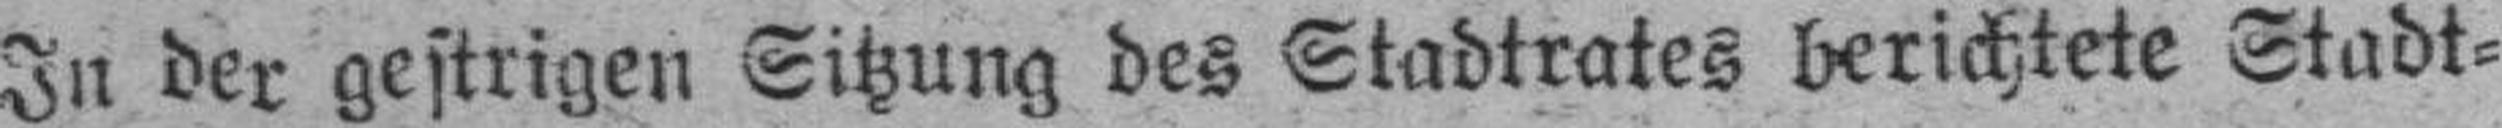
In der gestrigen Sitzung des Stadtrates berichtete Stadt¬